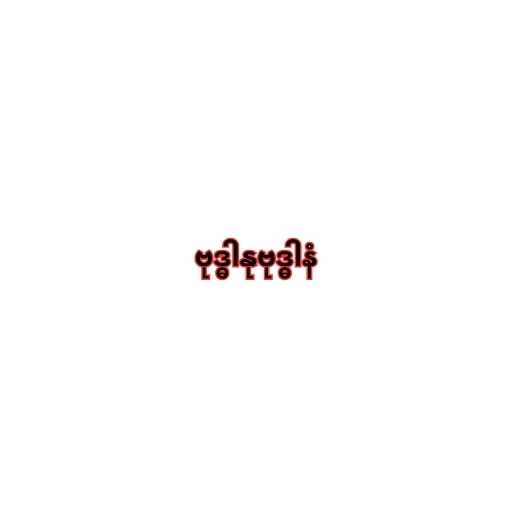
ဗုဒ္ဓါနုဗုဒ္ဓါနံ